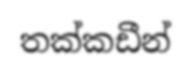
තක්කඩීන්